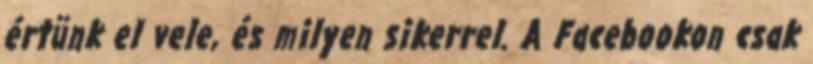
értünk el vele, és milyen sikerrel. A Facebookon csak